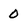
Character: 0